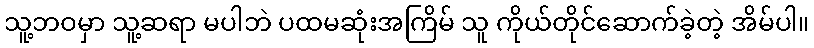
သူ့ဘဝမှာ သူ့ဆရာ မပါဘဲ ပထမဆုံးအကြိမ် သူ ကိုယ်တိုင်ဆောက်ခဲ့တဲ့ အိမ်ပါ။